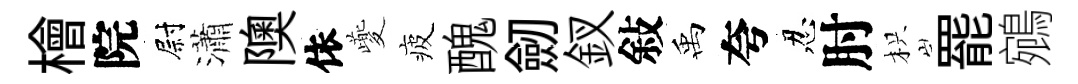
檜院尉瀟隩依夔疲醜劒釵敍禹夸忍肘枳罷鵷